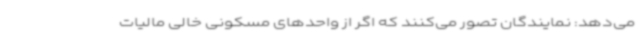
می‌دهد: نمایندگان تصور می‌کنند که اگر از واحدهای مسکونی خالی مالیات